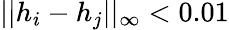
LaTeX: ||h_{i}-h_{j}||_{\infty}<0.01